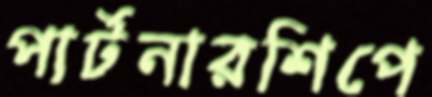
পার্টনারশিপে